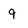
Character: 9